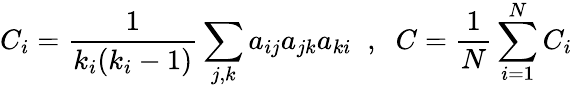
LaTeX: C_{i}=\frac{1}{k_{i}(k_{i}-1)}\sum_{j,k}a_{ij}a_{jk}a_{ki}\; \; ,\; \; C=\frac{1}{N}\sum_{i=1}^{N}C_{i}